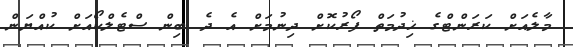
މާލެއަށް ކަރަންޓްގެ ޚިދުމަތް ފޯރުކޮށް ދިނުމަށް އެ ދެ ބިން ސްޓެލްކޯއަށް ކުއްޔަން